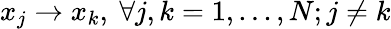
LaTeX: x_{j}\rightarrow x_{k},~\forall j,k=1,...,N;j\neq k